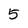
Character: 5